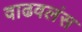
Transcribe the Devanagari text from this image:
वाढवलंस